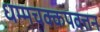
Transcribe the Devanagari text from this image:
धम्मचक्कपवत्तन